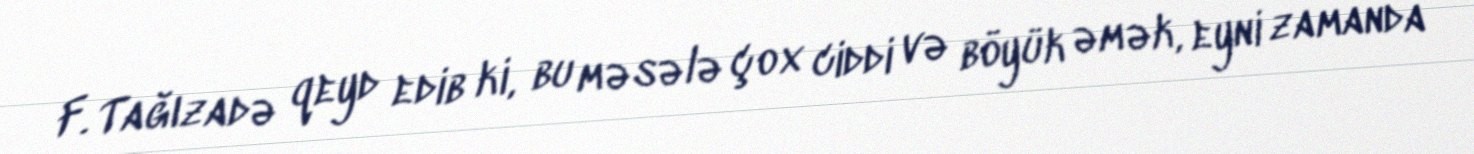
F. Tağızadə qeyd edib ki, bu məsələ çox ciddi və böyük əmək, eyni zamanda